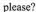
please?